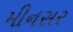
મીનસર